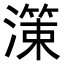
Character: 𭲱